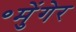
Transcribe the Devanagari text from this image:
॰मुेंगेर